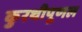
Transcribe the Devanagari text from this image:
कुरथीपूणल